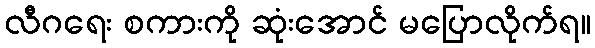
လီဂရေး စကားကို ဆုံးအောင် မပြောလိုက်ရ။